Bombay plague: being a history of the progress of plague in the Bombay presidency from September 1896 to June 1899
Year: 1896
Disease focus: Plague
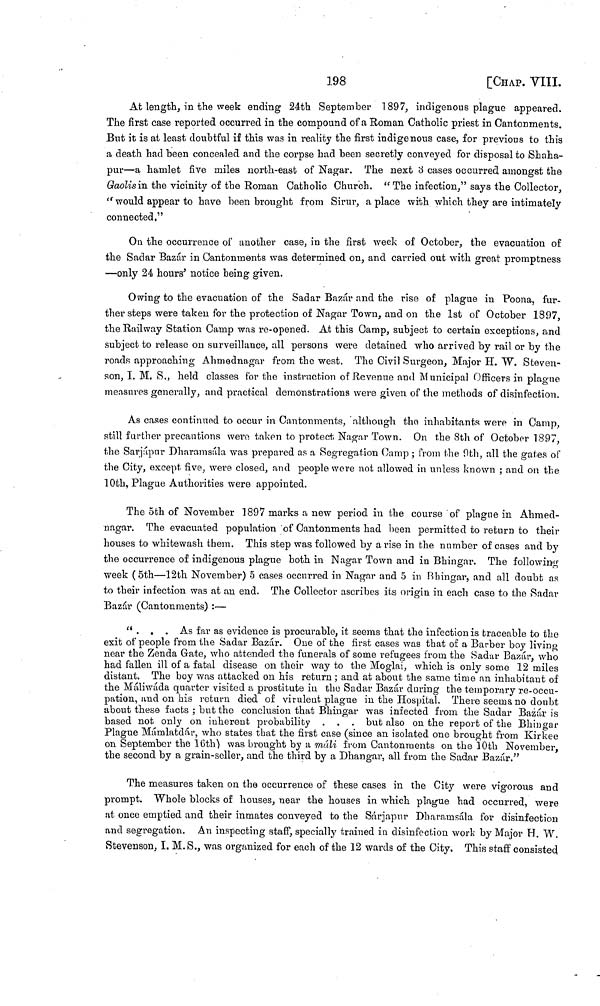
198
[CHAP. VIII.
At length, in the week ending 24th September 1897, indigenous plague appeared.
The first case reported occurred in the compound of a Roman Catholic priest in Cantonments.
But it is at least doubtful if this was in reality the first indigenous case, for previous to this
a death had been concealed and the corpse had been secretly conveyed for disposal to Shaha-
pur—a hamlet five miles north-east of Nagar. The next 3 cases occurred amongst the
Gaolis in the vicinity of the Roman Catholic Church. " The infection," says the Collector,
"would appear to have been brought from Sirur, a place with which they are intimately
connected."
On the occurrence of another case, in the first week of October, the evacuation of
the Sadar Bazár in Cantonments was determined on, and carried out with great promptness
—only 24 hours' notice being given.
Owing to the evacuation of the Sadar Bazár and the rise of plague in Poona, fur-
ther steps were taken for the protection of Nagar Town, and on the 1st of October 1897,
the Railway Station Camp was re-opened. At this Camp, subject to certain exceptions, and
subject to release on surveillance, all persons were detained who arrived by rail or by the
roads approaching Ahmednagar from the west. The Civil Surgeon, Major H. W. Steven-
son, I. M. S., held classes for the instruction of Revenue and Municipal Officers in plague
mensures generally, and practical demonstrations were given of the methods of disinfection.
As cases continued to occur in Cantonments, although the inhabitants were in Camp,
still further precautions were taken to protect, Nagar Town. On the 8th of October 1897,
the Sarjápur Dharamsála was prepared as a Segregation Camp ; from the 9th, all the gates of
the City, except five, were closed, and people were not allowed in unless known ; and on the
10th, Plague Authorities were appointed.
The 5th of November 1897 marks a new period in the course of plague in Ahmed-
nagar. The evacuated population of Cantonments had been permitted to return to their
houses to whitewash them. This step was followed by a rise in the number of cases and by
the occurrence of indigenous plague both in Nagar Town and in Bhingar. The following
week ( 5th—12th November) 5 cases occurred in Nagar and 5 in Bhingar, and all doubt as
to their infection was at an end. The Collector ascribes its origin in each case to the Sadar
Bazar (Cantonments) :—
". . . As far as evidence is procurable, it seems that the infection is traceable to the
exit of people from the Sadar Bazár. One of the first cases was that of a Barber boy living
near the Zenda Gate, who attended the funerals of some refugees from the Sadur Bazár, who
had fallen ill of a fatal disease on their way to the Moglai, which is only some 12 miles
distant. The boy was attacked on his return ; and at about the same time an inhabitant of
the Máliwáda quarter visited a prostitute in the Sadar Bazár during the temporary re-occu-
pation, and on his return died of virulent plague in the Hospital. There seems no doubt
about these facts ; but the conclusion that Bhingar was infected from the Sadar Bazár is
based not only on inherent probability . . . but also on the report of the Bhingar
Plague Mámlatdár, who states that the first case (since an isolated one brought from Kirkee
on September the 16th) was brought by a máli from Cantonments on the 10th November,
the second by a grain-seller, and the third by a Dhangar, all from the Sadar Bazár."
The measures taken on the occurrence of these cases in the City were vigorous and
prompt. Whole blocks of houses, near the houses in which plague had occurred, were
at once emptied and their inmates conveyed to the Sárjapur Dharamsála for disinfection
and segregation. An inspecting staff, specially trained in disinfection work by Major H. W.
Stevenson, I. M. S., was organized for each of the 12 wards of the City. This staff consisted